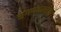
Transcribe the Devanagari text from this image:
संगणकाबद्दल